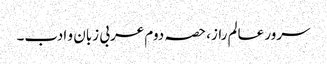
سرور عالم راز، حصہ دوم	عربی زبان و ادب۔